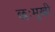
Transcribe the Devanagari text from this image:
छःमुखी